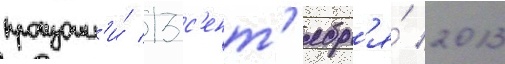
произошл'и́ 13 с'ент'ябр'я́ 2013